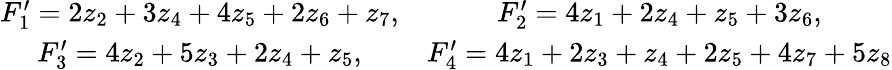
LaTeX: \begin{array}{r}{\begin{array}{cc}{F_{1}^{\prime}=2z_{2}+3z_{4}+4z_{5}+2z_{6}+z_{7},}&{F_{2}^{\prime}=4z_{1}+2z_{4}+z_{5}+3z_{6},}\\ {F_{3}^{\prime}=4z_{2}+5z_{3}+2z_{4}+z_{5},}&{F_{4}^{\prime}=4z_{1}+2z_{3}+z_{4}+2z_{5}+4z_{7}+5z_{8}}\end{array}}\end{array}